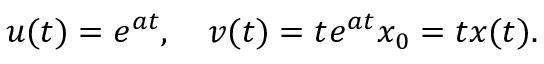
u ( t ) = e ^ { a t } , \quad v ( t ) = t e ^ { a t } x _ { 0 } = t x ( t ) .